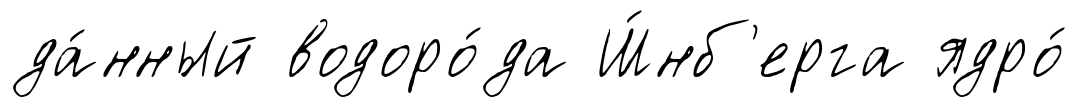
да́нный водоро́да Ш́нб'ерга ядро́